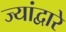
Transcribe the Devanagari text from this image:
ज्यांद्वारे